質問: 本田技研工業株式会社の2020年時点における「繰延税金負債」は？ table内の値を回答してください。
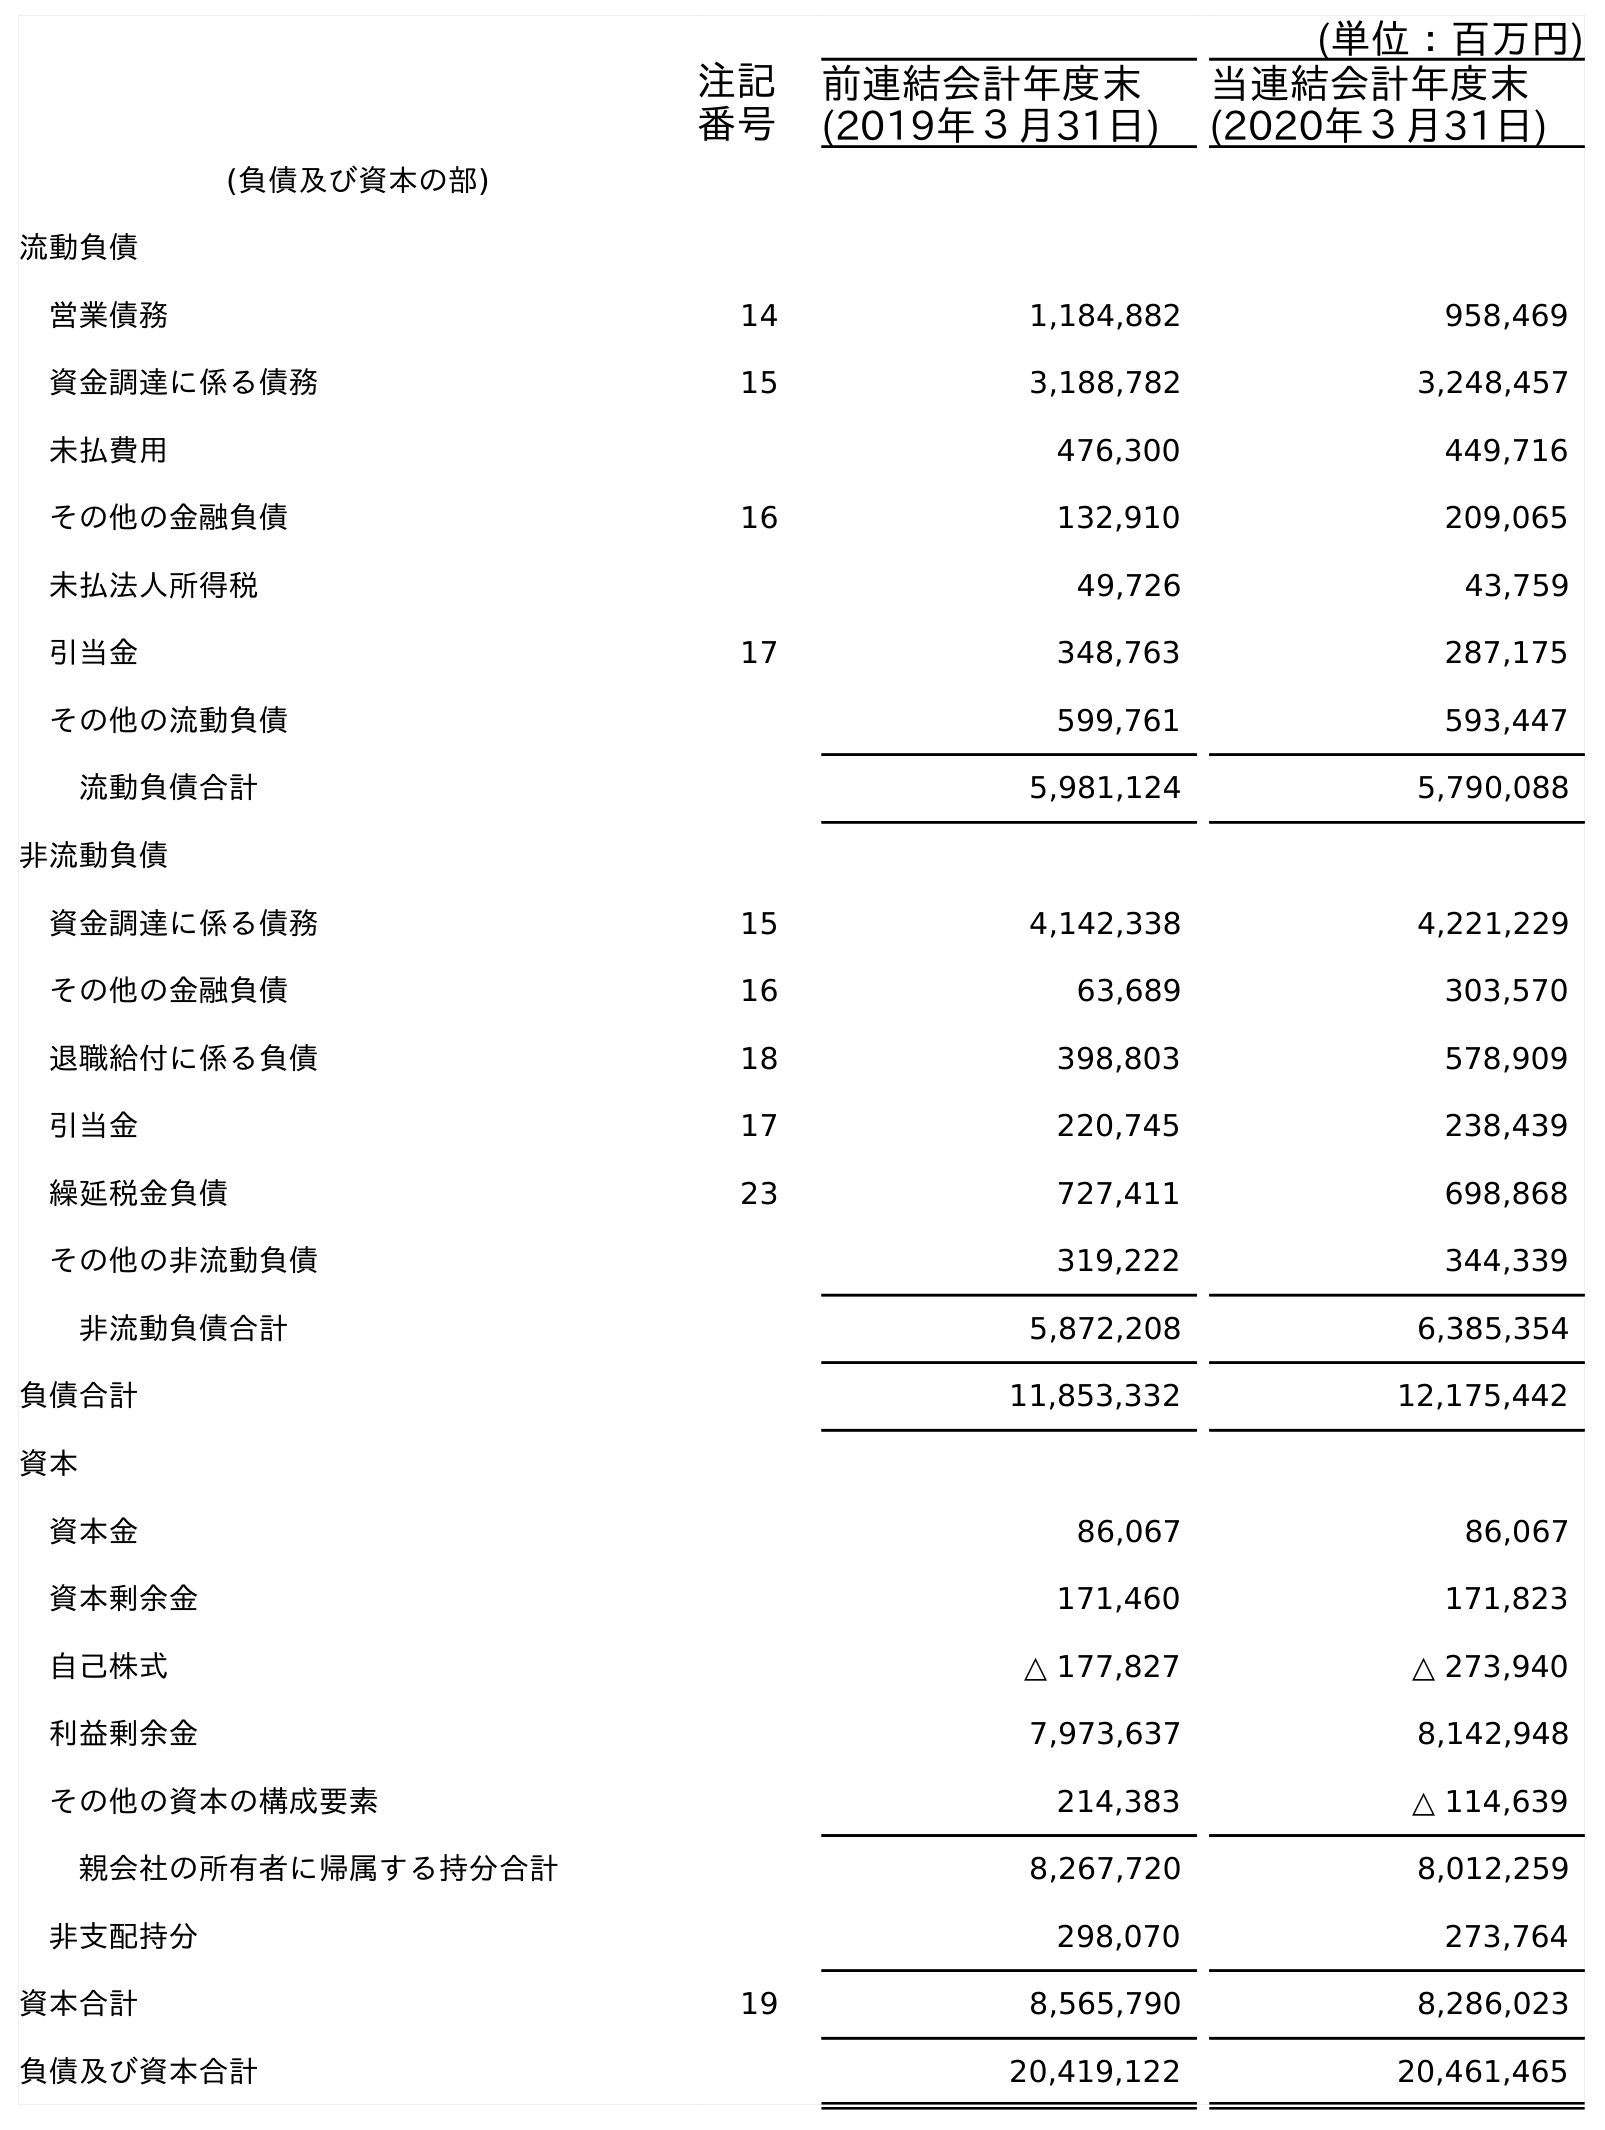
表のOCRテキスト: (単位：百万円) 注記 番号 前連結会計年度末 (2019年３月31日) 当連結会計年度末 (2020年３月31日) (負債及び資本の部) 流動負債 営業債務 14 1,184,882 958,469 資金調達に係る債務 15 3,188,782 3,248,457 未払費用 476,300 449,716 その他の金融負債 16 132,910 209,065 未払法人所得税 49,726 43,759 引当金 17 348,763 287,175 その他の流動負債 599,761 593,447 流動負債合計 5,981,124 5,790,088 非流動負債 資金調達に係る債務 15 4,142,338 4,221,229 その他の金融負債 16 63,689 303,570 退職給付に係る負債 18 398,803 578,909 引当金 17 220,745 238,439 繰延税金負債 23 727,411 698,868 その他の非流動負債 319,222 344,339 非流動負債合計 5,872,208 6,385,354 負債合計 11,853,332 12,175,442 資本 資本金 86,067 86,067 資本剰余金 171,460 171,823 自己株式 △ 177,827 △ 273,940 利益剰余金 7,973,637 8,142,948 その他の資本の構成要素 214,383 △ 114,639 親会社の所有者に帰属する持分合計 8,267,720 8,012,259 非支配持分 298,070 273,764 資本合計 19 8,565,790 8,286,023 負債及び資本合計 20,419,122 20,461,465
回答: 698,868